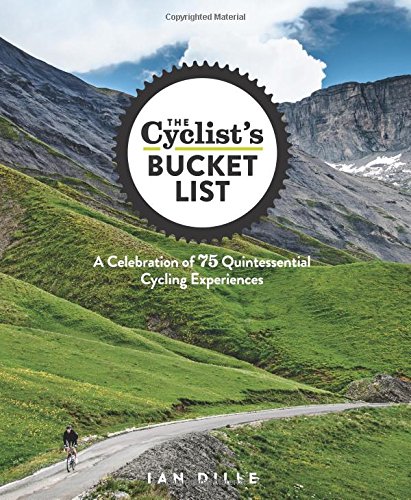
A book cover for The Cyclist's Bucket List: A Celebration of 75 Quintessential Cycling Experiences; Ian Dille; Sports & Outdoors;